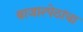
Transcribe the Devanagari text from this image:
बाजारपेठांचा